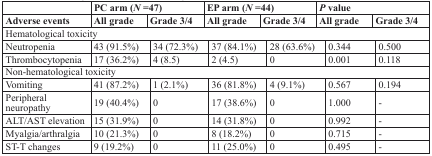
|  | <COLSPAN=2> PC arm (N =47) | <COLSPAN=2> EP arm (N =44) | <COLSPAN=2> P value |
 | Adverse events | All grade | Grade 3/4 | All grade | Grade 3/4 | All grade | Grade 3/4 |
 | --- | --- | --- | --- | --- | --- | --- |
 | <COLSPAN=7> Hematological toxicity |
 | Neutropenia | 43 (91.5%) | 34 (72.3%) | 37 (84.1%) | 28 (63.6%) | 0.344 | 0.500 |
 | Thrombocytopenia | 17 (36.2%) | 4 (8.5) | 2 (4.5) | 0 | 0.001 | 0.118 |
 | <COLSPAN=7> Non-hematological toxicity |
 | Vomiting | 41 (87.2%) | 1 (2.1%) | 36 (81.8%) | 4 (9.1%) | 0.567 | 0.194 |
 | Peripheral neuropathy | 19 (40.4%) | 0 | 17 (38.6%) | 0 | 1.000 | - |
 | ALT/AST elevation | 15 (31.9%) | 0 | 14 (31.8%) | 0 | 0.992 | - |
 | Myalgia/arthralgia | 10 (21.3%) | 0 | 8 (18.2%) | 0 | 0.715 | - |
 | ST-T changes | 9 (19.2%) | 0 | 11 (25.0%) | 0 | 0.495 | - |